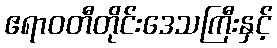
ဧရာဝတီတိုင်းဒေသကြီးနှင့်